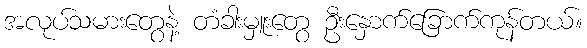
အလုပ်သမားတွေနဲ့ တံခါးမှူးတွေ ဦးနှောက်ခြောက်ကုန်တယ်။